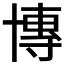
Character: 𫧤